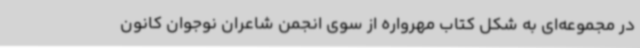
در مجموعه‌ای به شکل کتاب مهرواره از سوی انجمن شاعران نوجوان کانون